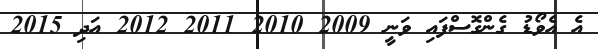
އެ އެވޯޑު ގެންގޮސްފައި ވަނީ 2009 2010 2011 2012 އަދި 2015